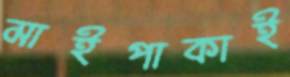
মাইপাকাই